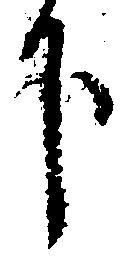
下